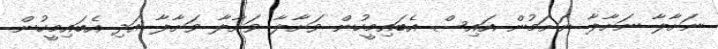
ނަށާލާ ނަށާލާ ނަށަމުން އައިސް އެބައިމީހުން ވަށާލާ ވަށާލާ ވަށާލާ އަދި އެބައިމީހުން